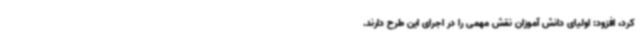
کرد، افزود: اولیای دانش آموزان نقش مهمی را در اجرای این طرح دارند.